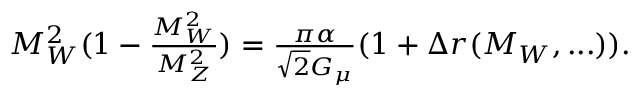
\begin{array} { r } { M _ { W } ^ { 2 } ( 1 - \frac { M _ { W } ^ { 2 } } { M _ { Z } ^ { 2 } } ) = \frac { \pi \alpha } { \sqrt { 2 } G _ { \mu } } ( 1 + \Delta r ( M _ { W } , . . . ) ) . } \end{array}